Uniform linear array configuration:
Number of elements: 48
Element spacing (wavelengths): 0.75
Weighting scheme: uniform
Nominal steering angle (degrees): -60
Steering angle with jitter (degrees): -60.235
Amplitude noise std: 0.05
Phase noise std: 0.05

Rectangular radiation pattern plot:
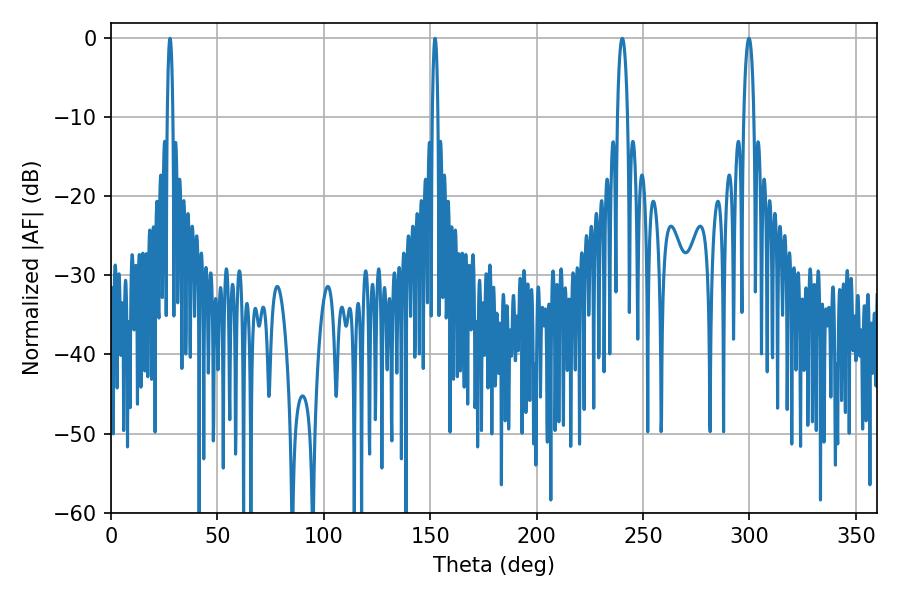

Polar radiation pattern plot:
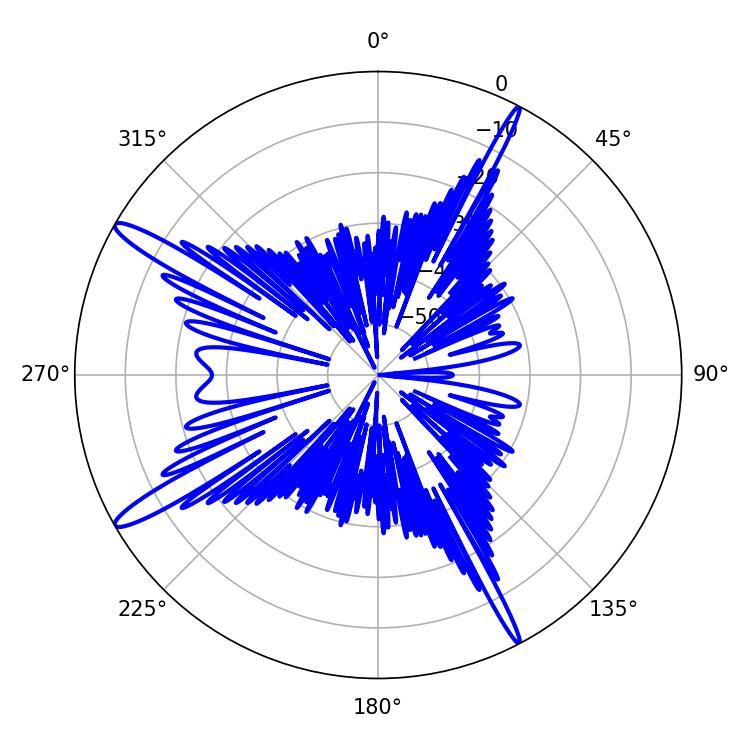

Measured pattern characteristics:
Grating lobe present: TRUE
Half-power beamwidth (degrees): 1.44
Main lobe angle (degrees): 27.72